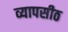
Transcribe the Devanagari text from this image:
व्यापसीठ